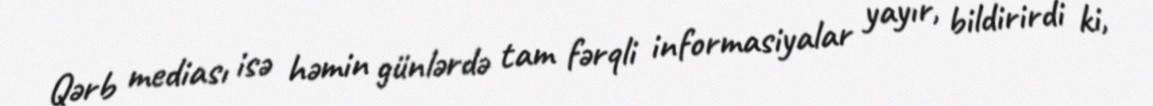
Qərb mediası isə həmin günlərdə tam fərqli informasiyalar yayır, bildirirdi ki,